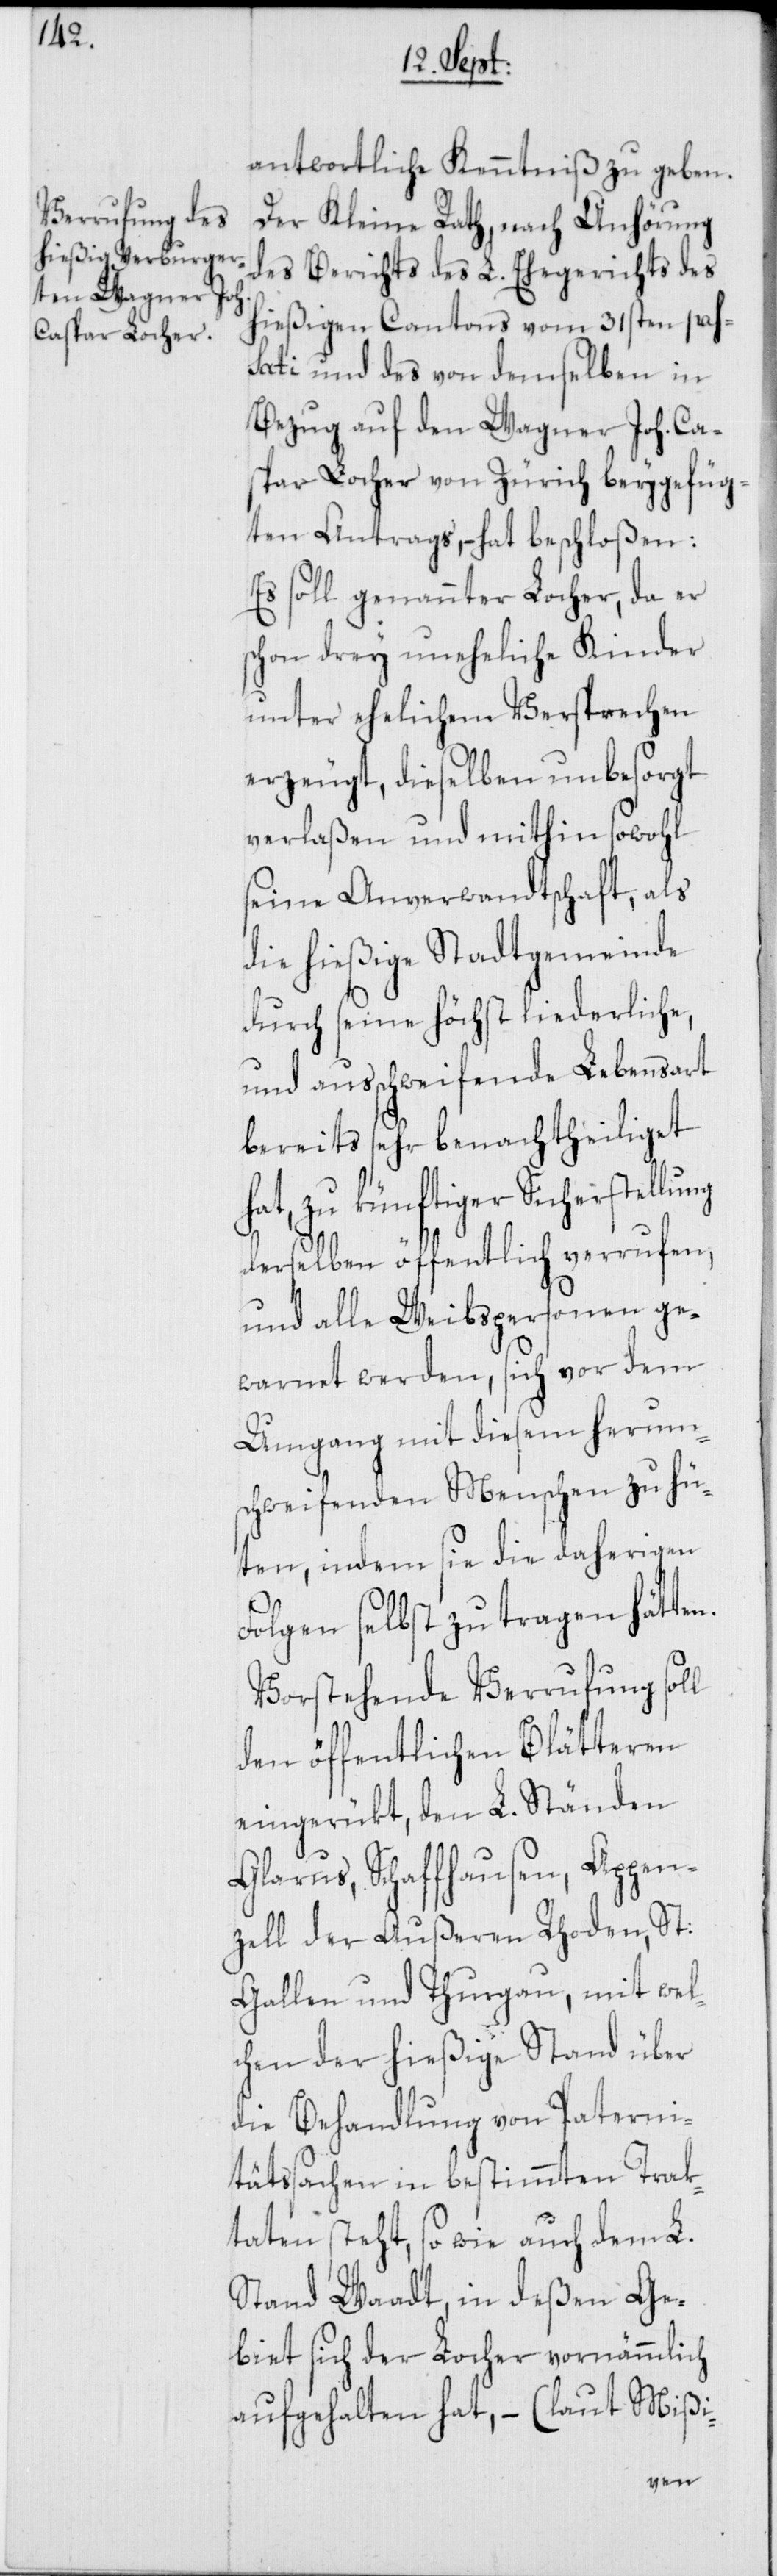
antwortliche Kenntniß zu geben.
Der Kleine Rath, nach Anhörung
des Berichts des L. Ehegerichts des
hießigen Cantons vom 31sten pas¬
sati und des von demselben in
Bezug auf den Wagner Joh. Ca¬
spar Locher von Zürich beygefüg¬
ten Antrags, – hat beschloßen:
Es soll genannter Locher, da er
schon drey uneheliche Kinder
unter ehelichem Versprechen
erzeugt, dieselben unbesorgt
verlaßen und mithin sowohl
seine Anverwandtschaft, als
die hießige Stadtgemeinde
durch seine höchst liederliche
und ausschweifende Lebensart
bereits sehr benachtheiliget
hat, zu künftiger Sicherstellung
derselben öffentlich verrufen,
und alle Weibspersonen ge¬
warnet werden, sich vor dem
Umgang mit diesem herum¬
schweifenden Menschen zu hü¬
ten, indem sie die daherigen
Folgen selbst zu tragen hätten.
Vorstehende Verrufung soll
den öffentlichen Blätteren
eingerükt, den L. Ständen
Glarus, Schaffhausen, Appen¬
zell der Außeren Rhoden, St:
Gallen und Thurgau, mit wel¬
chen der hießige Stand über
die Behandlung von Paterni¬
tätssachen in bestimmten Trak¬
taten steht, so wie auch dem L.
Stand Waadt, in deßen Ge¬
biet sich der Locher vornämmlich
aufgehalten hat, – (laut Mißi-